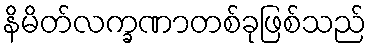
နိမိတ်လက္ခဏာတစ်ခုဖြစ်သည်